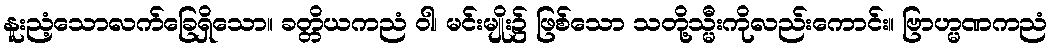
နူးညံ့သောလက်ခြေရှိသော။ ခတ္တိယကညံ ဝါ၊ မင်းမျိုး၌ ဖြစ်သော သတို့သ္မီးကိုလည်းကောင်း။ ဗြာဟ္မဏကညံ